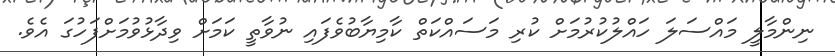
ނިންމާލީ މައްސަލަ ހައްލުކުރުމަށް ކުރި މަސައްކަތް ކާމިޔާބުވެފައި ނުވާތީ ކަމަށް ވިދާޅުވުމަށްފަހުގަ އެވެ.